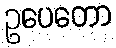
ဥပေတော